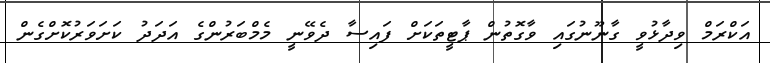
އަކްރަމް ވިދާޅުވީ ގާނޫނުގައި ވާގޮތުން ޕާޓީތަކަށް ފައިސާ ދެވޭނީ މެމްބަރުންގެ އަދަދު ކަށަވަރުކޮށްގެން